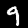
Label: 9